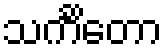
သင်္ကိတော